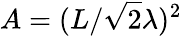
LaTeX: A=(L/\sqrt{2}\lambda)^{2}